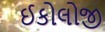
ઈકોલોજી